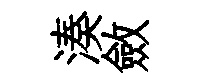
湊斂